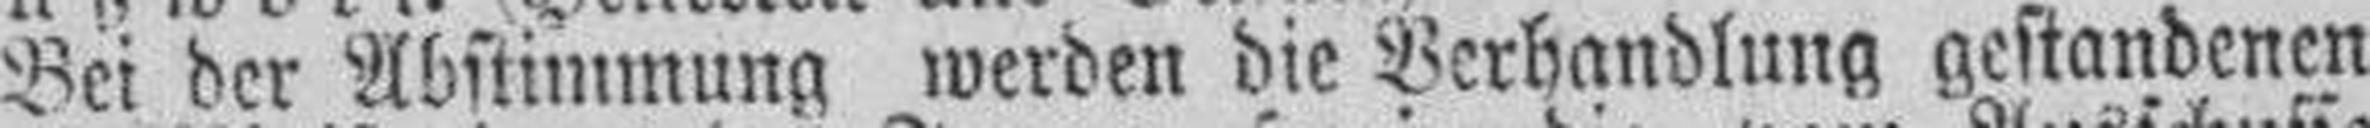
Bei der Abstiminung werden die Verhandlung gestandenen